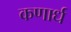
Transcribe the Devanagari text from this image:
कणार्ध